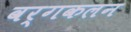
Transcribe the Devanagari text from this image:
वर्गकलन